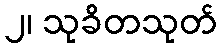
၂၊ သုခိတသုတ်